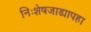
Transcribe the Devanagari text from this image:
निःशेषजाड्यापहा